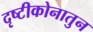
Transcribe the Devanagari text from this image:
दृष्टीकोनातुन